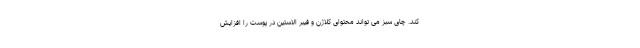
کند. چای سبز می تواند محتوای کلاژن و فیبر الاستین در پوست را افزایش